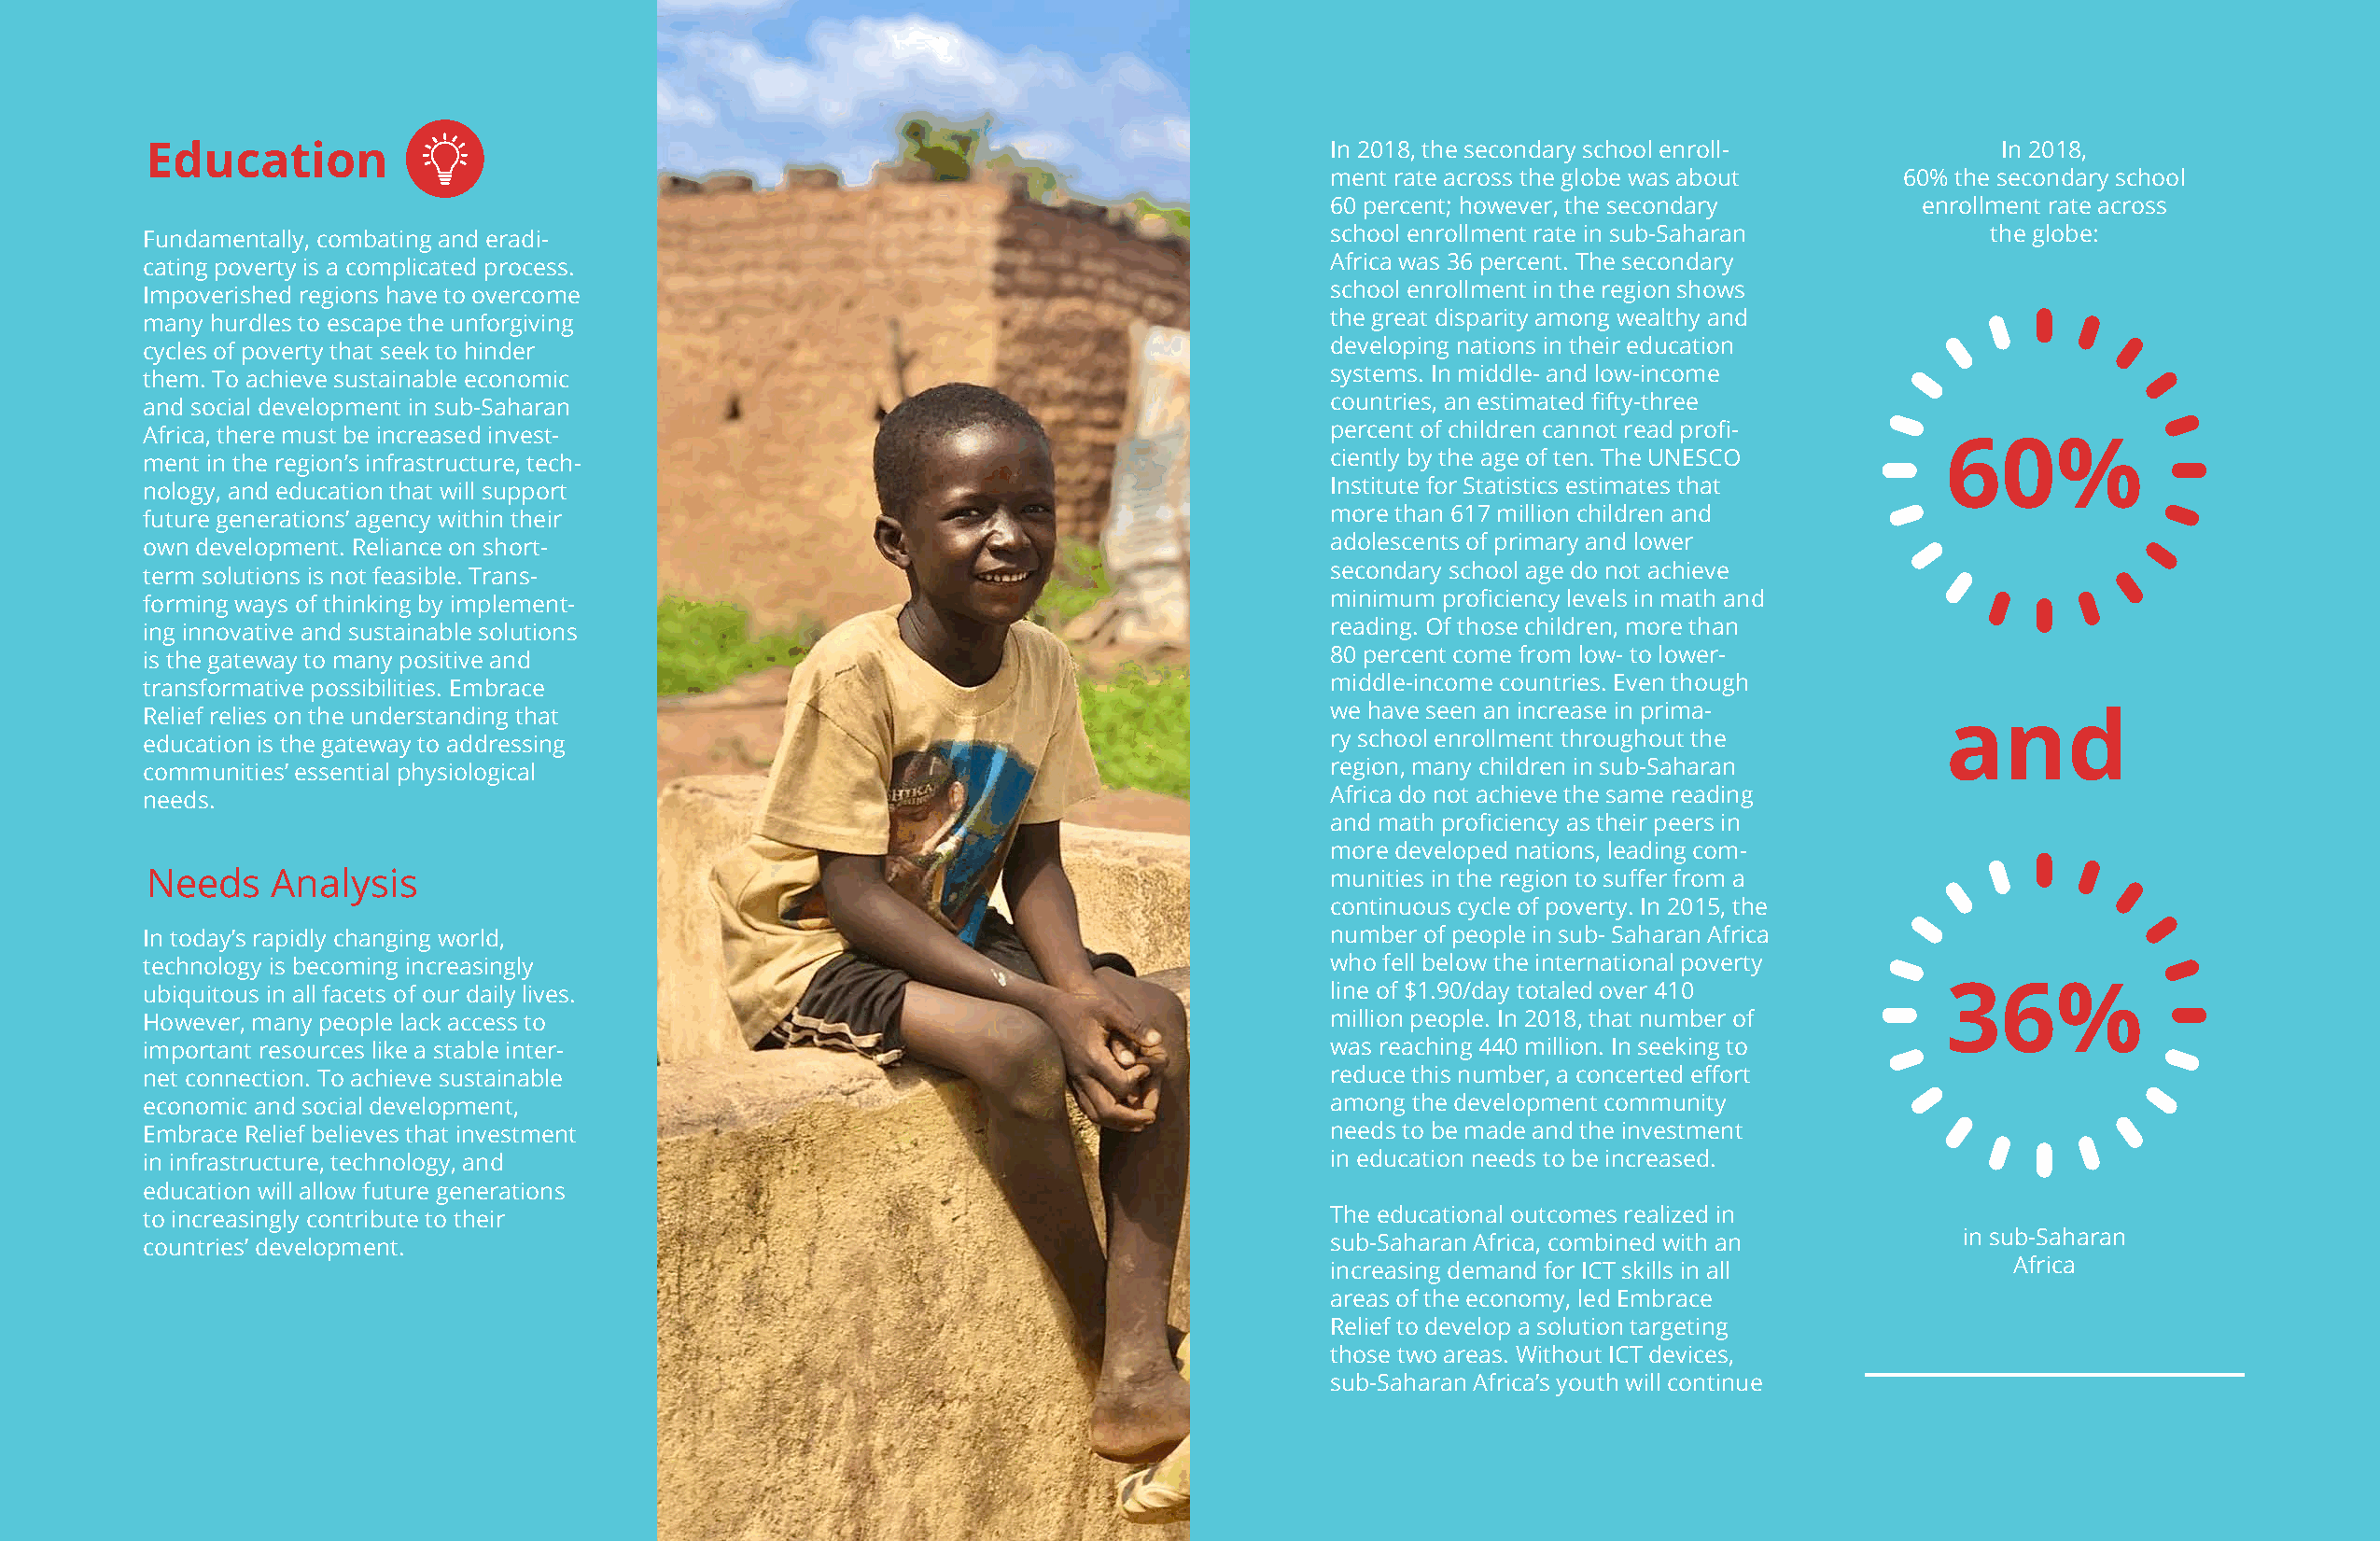
Education                                                                           In 2018, the secondary school enroll-           In 2018,
 ment rate across the globe was about     60% the secondary school
 60 percent; however, the secondary        enrollment rate across
 Fundamentally, combating and eradi-                                                 school enrollment rate in sub-Saharan          the globe:
 cating poverty is a complicated process.                                            Africa was 36 percent. The secondary
 Impoverished regions have to overcome                                               school enrollment in the region shows
 many hurdles to escape the unforgiving                                              the great disparity among wealthy and
 cycles of poverty that seek to hinder                                               developing nations in their education
 them. To achieve sustainable economic                                               systems. In middle- and low-income
 and social development in sub-Saharan                                               countries, an estimated fifty-three
 Africa, there must be increased invest-                                             percent of children cannot read profi-
 60%
 ment in the region’s infrastructure, tech-                                          ciently by the age of ten. The UNESCO
 nology, and education that will support                                             Institute for Statistics estimates that
 future generations’ agency within their                                             more than 617 million children and
 own development. Reliance on short-                                                 adolescents of primary and lower
 term solutions is not feasible. Trans-                                              secondary school age do not achieve
 forming ways of thinking by implement-                                              minimum proficiency levels in math and
 ing innovative and sustainable solutions                                            reading. Of those children, more than
 is the gateway to many positive and                                                 80 percent come from low- to lower-
 transformative possibilities. Embrace                                               middle-income countries. Even though
 Relief relies on the understanding that                                             we have seen an increase in prima-          and
 education is the gateway to addressing                                              ry school enrollment throughout the
 communities’ essential physiological                                                region, many children in sub-Saharan
 needs.                                                                              Africa do not achieve the same reading
 and math proficiency as their peers in
 more developed nations, leading com-
 Needs    Analysis                                                                   munities in the region to suffer from a
 continuous cycle of poverty. In 2015, the
 In today’s rapidly changing world,                                                  number of people in sub- Saharan Africa
 technology is becoming increasingly                                                 who fell below the international poverty
 ubiquitous in all facets of our daily lives.                                        line of $1.90/day totaled over 410          36%
 However, many people lack access to                                                 million people. In 2018, that number of
 important resources like a stable inter-                                            was reaching 440 million. In seeking to
 net connection. To achieve sustainable                                              reduce this number, a concerted effort
 economic and social development,                                                    among the development community
 Embrace Relief believes that investment                                             needs to be made and the investment
 in infrastructure, technology, and                                                  in education needs to be increased.
 education will allow future generations
 to increasingly contribute to their                                                 The educational outcomes realized in
 countries’ development.                                                             sub-Saharan Africa, combined with an         in sub-Saharan
 increasing demand for ICT skills in all          Africa
 areas of the economy, led Embrace
 Relief to develop a solution targeting
 those two areas. Without ICT devices,
 sub-Saharan Africa’s youth will continue